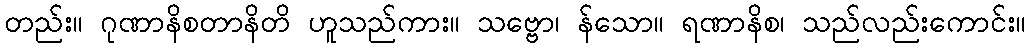
တည်း။ ဂုဏာနိစတာနိတိ ဟူသည်ကား။ သဗ္ဗော၊ န်သော။ ရဏာနိစ၊ သည်လည်းကောင်း။